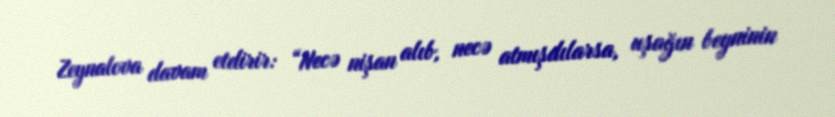
Zeynalova davam etdirir: “Necə nişan alıb, necə atmışdılarsa, uşağın beyninin